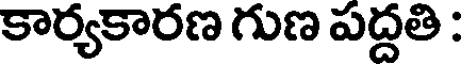
కార్యకారణ గుణ పద్దతి :